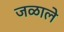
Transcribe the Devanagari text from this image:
जळाले